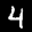
Label: 4